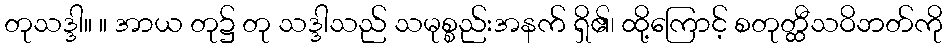
တုသဒ္ဒါ။ ။ အာယ တု၌ တု သဒ္ဒါသည် သမုစ္စည်းအနက် ရှိ၏၊ ထို့ကြောင့် စတုတ္ထီသဝိဘတ်ကို